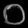
Digit: ၀